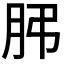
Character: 𦙨